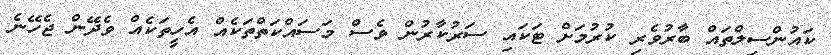
ކައުންސިލްތައް ބާރުވެރި ކުރުމަށް ޓަކައި ސަރުކާރުން ވެސް މަސައްކަތްތަކެއް އެހީތަކެއް ވެދޭން ޖެހޭނެ